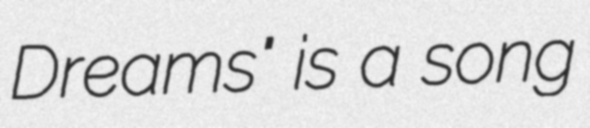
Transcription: Dreams" is a song